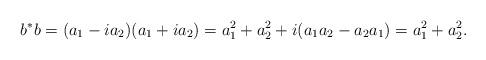
LaTeX: \begin{align*} b^*b=(a_1-i a_2)(a_1+i a_2)=a_1^2+a_2^2 +i(a_1a_2-a_2a_1) =a_1^2+a_2^2.\end{align*}